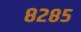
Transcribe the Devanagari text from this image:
८२८५